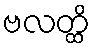
ဗလတ္ထိ